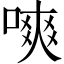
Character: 𠼙